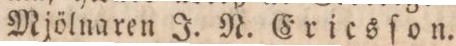
Mjölnaren J. N. Ericsſon.